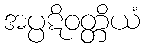
အပ္ပဋိဝတ္တိယံ